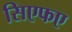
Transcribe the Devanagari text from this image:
सिएफए